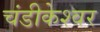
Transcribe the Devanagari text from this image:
चंडीकेश्‍वर